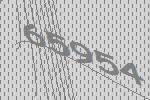
65954